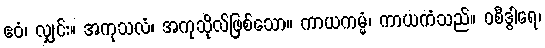
ဧဝံ၊ လျှင်း။ အကုသလံ၊ အကုသိုလ်ဖြစ်သော။ ကာယကမ္မံ၊ ကာယကံသည်။ ဝစီဒွါရေ၊